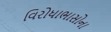
વિરોધાભાસોના